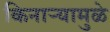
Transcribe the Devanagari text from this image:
किनार्‍यामुळे